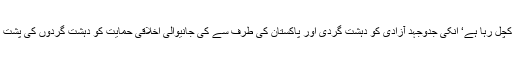
بھارت اس حق کو کچل رہا ہے‘ انکی جدوجہد آزادی کو دہشت گردی اور پاکستان کی طرف سے کی جانیوالی اخلاقی حمایت کو دہشت گردوں کی پشت پناہی قرار دیتا ہے۔